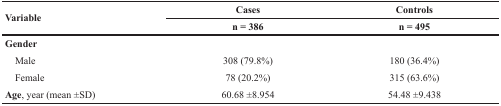
<table><thead><tr><td rowspan="2"><b>Variable</b></td><td><b>Cases</b></td><td><b>Controls</b></td></tr><tr><td><b>n = 386</b></td><td><b>n = 495</b></td></tr></thead><tbody><tr><td><b>Gender</b></td><td></td><td></td></tr><tr><td> Male</td><td>308 (79.8%)</td><td>180 (36.4%)</td></tr><tr><td> Female</td><td>78 (20.2%)</td><td>315 (63.6%)</td></tr><tr><td><b>Age</b>, year (mean ±SD)</td><td>60.68 ±8.954</td><td>54.48 ±9.438</td></tr></tbody></table>